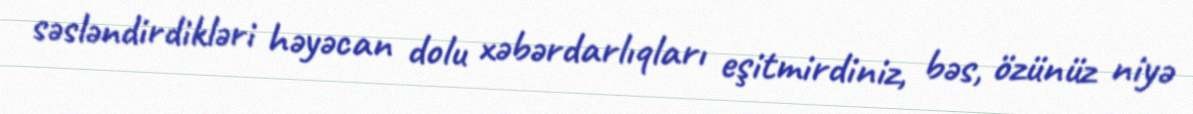
səsləndirdikləri həyəcan dolu xəbərdarlıqları eşitmirdiniz, bəs, özünüz niyə